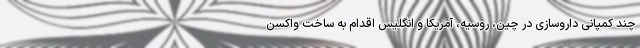
چند کمپانی داروسازی در چین، روسیه، آمریکا و انگلیس اقدام به ساخت واکسن